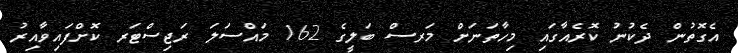
އެގޮތުން ދެކުނު ކޮރެއާގައި މިހާތަނަށް މަރސް ބަލީގެ 162 މައްސަލަ ރަޖިސްޓަރ ކޮށްފައިވާއިރު